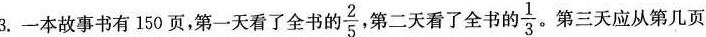
3.一本故事书有150页，第一天看了全书的 $$\frac{2}{5}$$ 第二天看了全书的 $$\frac{1}{3}$$ 。第三天应从第几页